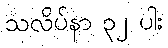
သလိပ်နာ ၃၂ ပါး